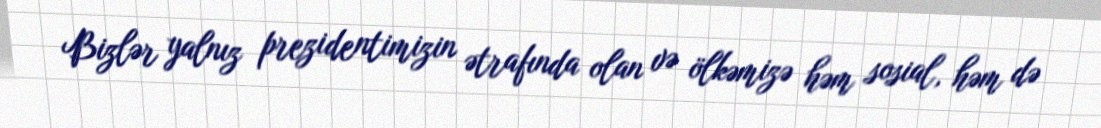
Bizlər yalnız prezidentimizin ətrafında olan və ölkəmizə həm sosial, həm də